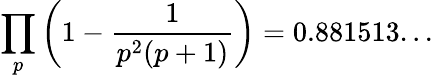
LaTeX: \prod_{p}\left(1-{\frac{1}{p^{2}(p+1)}}\right)=0.881513...